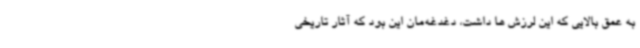
به عمق بالایی که این لرزش ها داشت، دغدغه‌مان این بود که آثار تاریخی